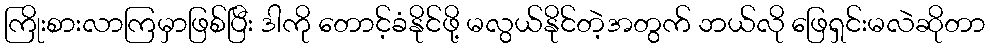
ကြိုးစားလာကြမှာဖြစ်ပြီး ဒါကို တောင့်ခံနိုင်ဖို့ မလွယ်နိုင်တဲ့အတွက် ဘယ်လို ဖြေရှင်းမလဲဆိုတာ